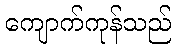
ကျောက်ကုန်သည်